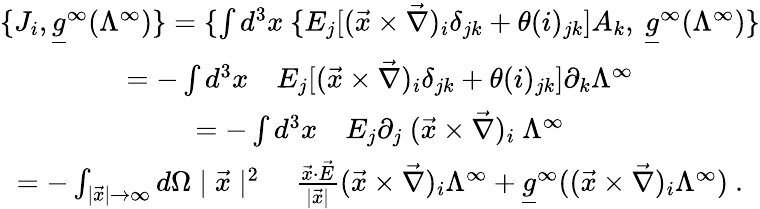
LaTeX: \begin{array}{c}{{\{ J_{i},\underline{{{g}}}^{\infty}(\Lambda^{\infty})\} =\{ \int d^{3}x\ \{ E_{j}[(\vec{x}\times\vec{\nabla})_{i}\delta_{jk}+\theta(i)_{jk}]A_{k},\ \underline{{{g}}}^{\infty}(\Lambda^{\infty})\} }}\\ {{=-\int d^{3}x\quad E_{j}[(\vec{x}\times\vec{\nabla})_{i}\delta_{jk}+\theta(i)_{jk}]\partial_{k}\Lambda^{\infty}}}\\ {{=-\int d^{3}x\quad E_{j}\partial_{j}\ (\vec{x}\times\vec{\nabla})_{i}\ \Lambda^{\infty}}}\\ {{=-\int_{\mid\vec{x}\mid\rightarrow\infty}d\Omega\mid\vec{x}\mid^{2}\quad\frac{\vec{x}\cdot\vec{E}}{\mid\vec{x}\mid}(\vec{x}\times\vec{\nabla})_{i}\Lambda^{\infty}+\underline{{{g}}}^{\infty}((\vec{x}\times\vec{\nabla})_{i}\Lambda^{\infty})\ .}}\end{array}